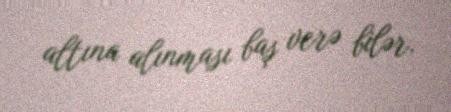
altına alınması baş verə bilər.